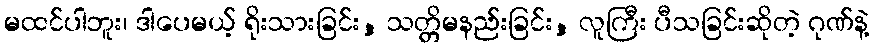
မထင်ပါဘူး၊ ဒါပေမယ့် ရိုးသားခြင်း, သတ္တိမနည်းခြင်း, လူကြီး ပီသခြင်းဆိုတဲ့ ဂုဏ်နဲ့